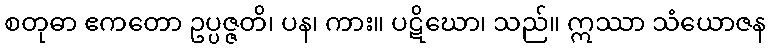
စတုဓာ ဧကတော ဥပ္ပဇ္ဇတိ၊ ပန၊ ကား။ ပဋိဃော၊ သည်။ ဣဿာ သံယောဇန